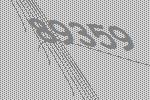
89359